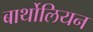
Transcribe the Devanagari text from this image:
बार्थोलियन